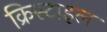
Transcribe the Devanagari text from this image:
क्रिस्टाइल